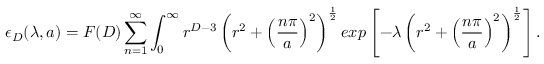
\epsilon _ { D } ( \lambda , a ) = F ( D ) \sum _ { n = 1 } ^ { \infty } \int _ { 0 } ^ { \infty } r ^ { D - 3 } \left( r ^ { 2 } + \left( \frac { n \pi } { a } \right) ^ { 2 } \right) ^ { \frac { 1 } { 2 } } e x p \left[ - \lambda \left( r ^ { 2 } + \left( \frac { n \pi } { a } \right) ^ { 2 } \right) ^ { \frac { 1 } { 2 } } \right] .